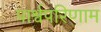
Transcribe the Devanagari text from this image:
पार्श्वपरिणाम